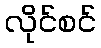
လိုင်စင်